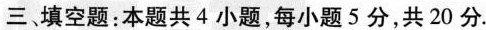
三、填空题：本题共4小题，每小题5分，共20分。